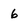
Character: 6